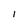
Character: l